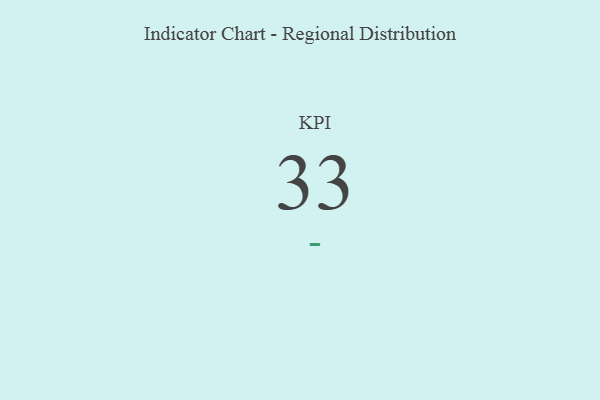
{"axis": {"x": "KPI", "y": "Value"}, "legend": [""], "data": [{"x": "KPI", "y": 33, "type": ""}]}